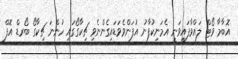
އޮބާމާ ވޯޓް ލައްވާފައިވަނީ އެމަނިކުފާނު އުފަންވެވަޑައިގެންނެވި ޗިކާގޯގައި ހުންނަ ޗިކާގޯ ބޯރޑް އޮފް